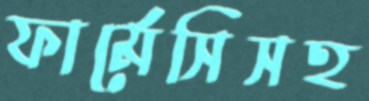
ফার্মেসিসহ